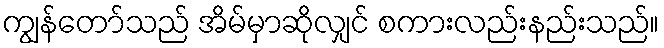
ကျွန်တော်သည် အိမ်မှာဆိုလျှင် စကားလည်းနည်းသည်။